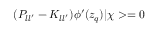
( P _ { l l ^ { \prime } } - K _ { l l ^ { \prime } } ) \phi ^ { \prime } ( z _ { q } ) | \chi > = 0